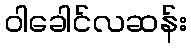
ဝါခေါင်လဆန်း